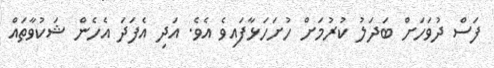
ފަސް ދުވަހަށް ބަދަލު ކުރުމަށް ހުށަހަޅާފައިވެ އެވެ. އަދި އެފަދަ އެހެން ޝަކުވާތައް